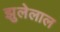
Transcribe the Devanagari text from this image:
झुलेलाल